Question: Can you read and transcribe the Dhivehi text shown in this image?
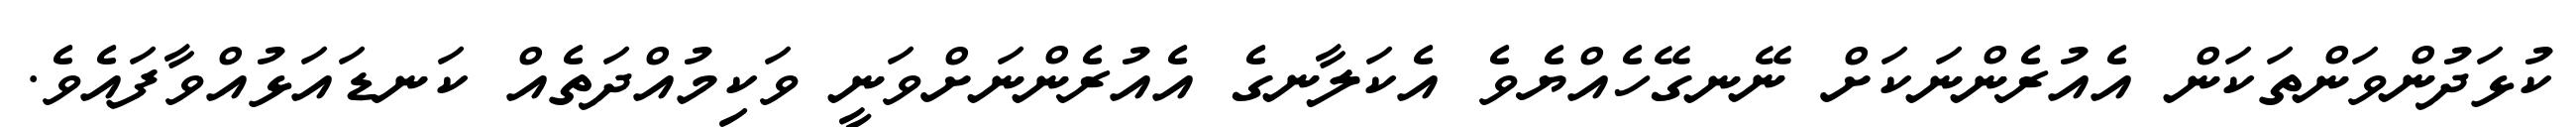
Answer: ކުޅަދުންވަންތަކަން އެއުރެންނަކަށް ނޭނގޭހެއްޔެވެ އެކަލާނގެ އެއުރެންނަށްވަނީ ވަކިމުއްދަތެއް ކަނޑައަޅުއްވާފައެވެ.